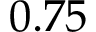
0 . 7 5